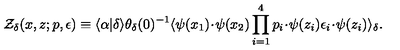
{ \cal Z } _ { \delta } ( x , z ; p , \epsilon ) \equiv \langle \alpha | \delta \rangle \theta _ { \delta } ( 0 ) ^ { - 1 } \langle \psi ( x _ { 1 } ) \! \cdot \! \psi ( x _ { 2 } ) \prod _ { i = 1 } ^ { 4 } p _ { i } \! \cdot \! \psi ( z _ { i } ) \epsilon _ { i } \! \cdot \! \psi ( z _ { i } ) \rangle _ { \delta } .